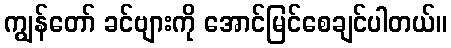
ကျွန်တော် ခင်ဗျားကို အောင်မြင်စေချင်ပါတယ်။